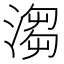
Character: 𣺥